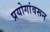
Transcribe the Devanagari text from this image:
प्रयोगांवरून